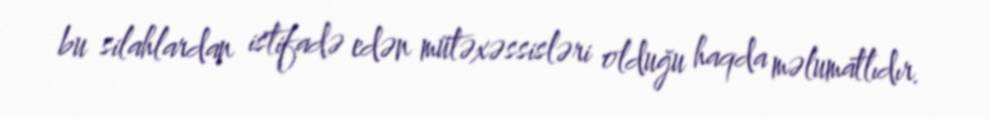
bu silahlardan istifadə edən mütəxəssisləri olduğu haqda məlumatlıdır.